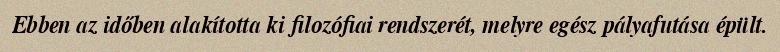
Ebben az időben alakította ki filozófiai rendszerét, melyre egész pályafutása épült.